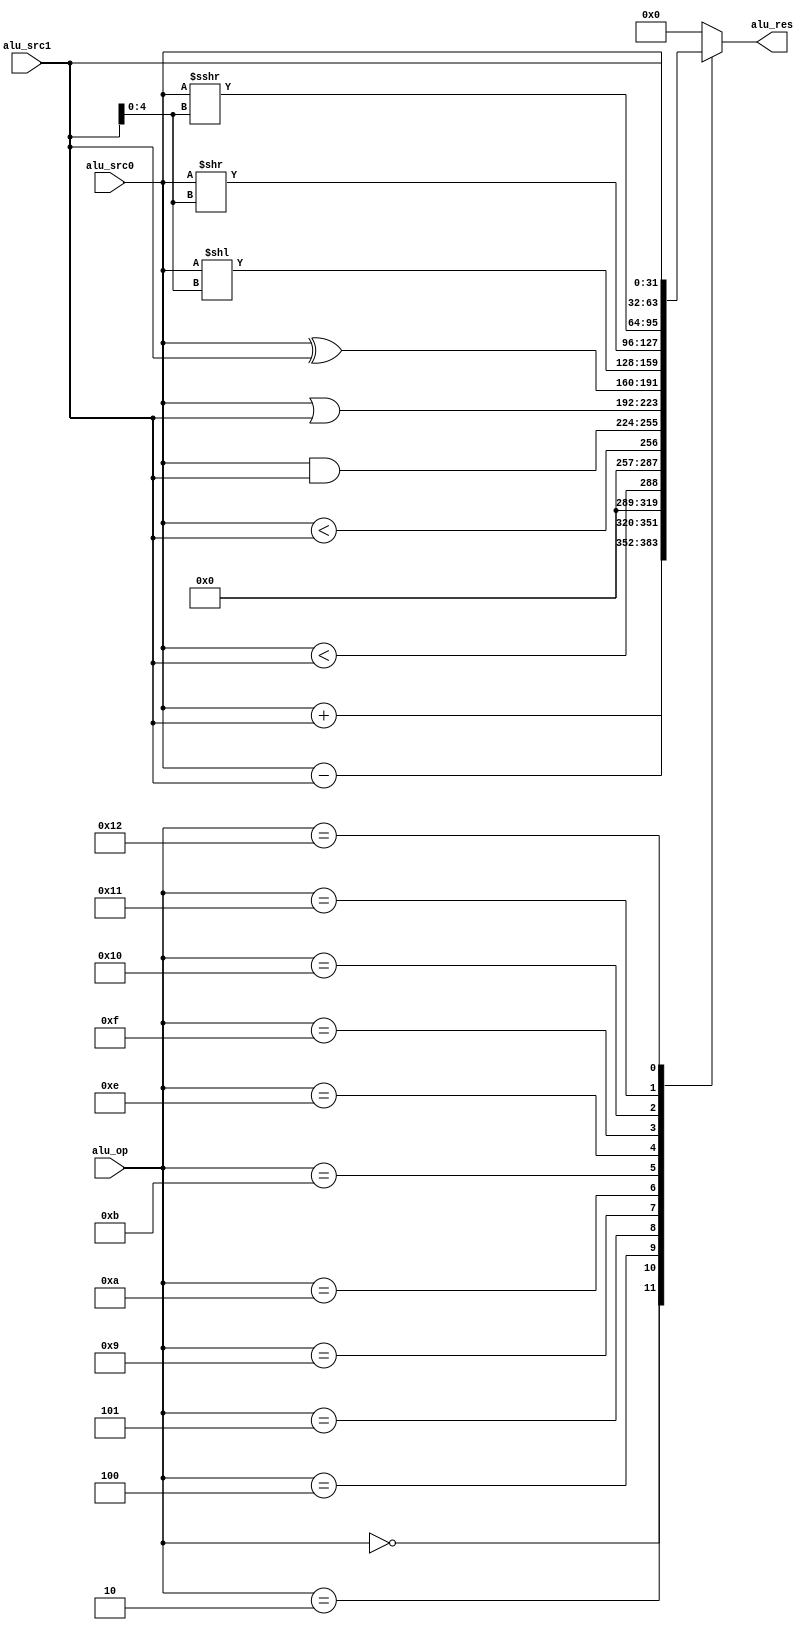
`timescale 1ns / 1ps
//////////////////////////////////////////////////////////////////////////////////
// Company:
// Engineer:
//
// Design Name:
// Module Name: ALU
// Project Name:
// Target Devices:
// Tool Versions:
// Description:
//
// Dependencies:
//
// Revision:
// Revision 0.01 - File Created
// Additional Comments:
//
//////////////////////////////////////////////////////////////////////////////////


module ALU #(parameter DATA_WIDTH = 32,
             parameter OP_WIDTH = 5)
            (input [DATA_WIDTH - 1 : 0] alu_src0,
             input [DATA_WIDTH - 1 : 0] alu_src1,
             input [OP_WIDTH - 1 : 0] alu_op,
             output reg [DATA_WIDTH - 1 : 0] alu_res);
    
    `define ADD                 5'B00000
    `define SUB                 5'B00010
    `define SLT                 5'B00100
    `define SLTU                5'B00101
    `define AND                 5'B01001
    `define OR                  5'B01010
    `define XOR                 5'B01011
    `define SLL                 5'B01110
    `define SRL                 5'B01111
    `define SRA                 5'B10000
    `define SRC0                5'B10001
    `define SRC1                5'B10010
    
    always @(*)
    begin
        case(alu_op)
            `ADD  :
            alu_res = alu_src0 + alu_src1;
            `SUB  :
            alu_res = alu_src0 - alu_src1;
            `SLT  :
            alu_res = ($signed(alu_src0) < $signed(alu_src1));
            `SLTU :
            alu_res = (alu_src0 < alu_src1);
            `AND  :
            alu_res = alu_src0 & alu_src1;
            `OR   :
            alu_res = alu_src0 | alu_src1;
            `XOR  :
            alu_res = alu_src0 ^ alu_src1;
            `SLL  :
            alu_res = alu_src0 << alu_src1[4:0];
            `SRL  :
            alu_res = alu_src0 >> alu_src1[4:0];
            `SRA  :
            alu_res = $signed(alu_src0) >>> alu_src1[4:0];
            `SRC0 :
            alu_res = alu_src0;
            `SRC1 :
            alu_res = alu_src1;
            default :
            alu_res = 32'H0;
        endcase
    end
    
endmodule